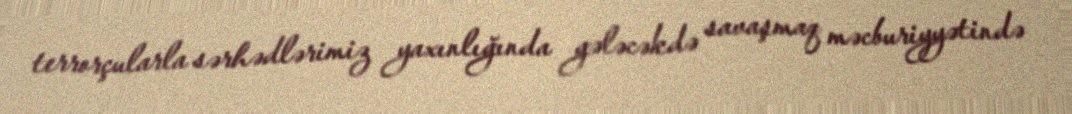
terrorçularla sərhədlərimiz yaxınlığında gələcəkdə savaşmaq məcburiyyətində